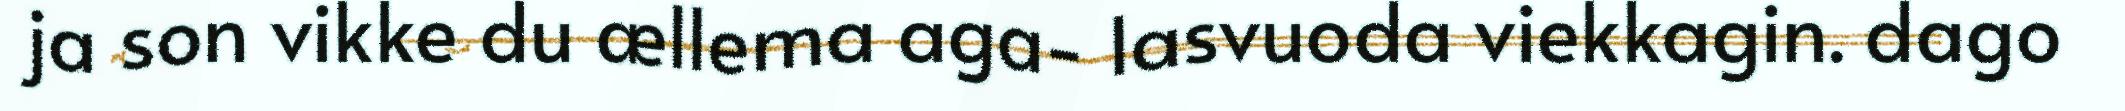
ja son vikke du ællema aga- lasvuoda viekkagin. dago